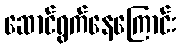
ဆောင်ရွက်နေကြောင်း